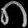
Digit: ၈